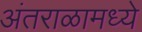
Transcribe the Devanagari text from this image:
अंतराळामध्ये